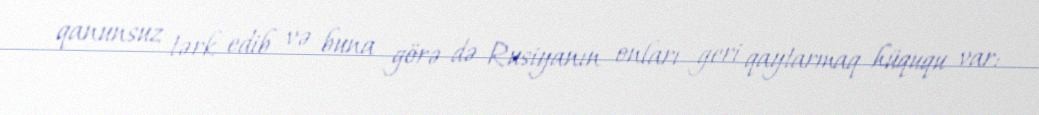
qanunsuz tərk edib və buna görə də Rusiyanın onları geri qaytarmaq hüququ var: